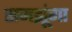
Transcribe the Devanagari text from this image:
समझूंगा